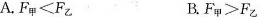
A. $$F _ { 甲 } < F_{乙}$$ B. $$F _ { 甲 } > F _ { 乙 }$$